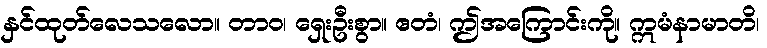
နှင်ထုတ်လေသလော။ တာဝ၊ ရှေးဦးစွာ။ ဧတံ၊ ဤအကြောင်းကို။ ဣမံနာမာတိ၊